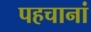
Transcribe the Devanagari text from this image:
पहचानां